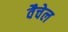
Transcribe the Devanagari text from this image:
वैचेल